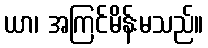
ယာ၊ အကြင်မိန်းမသည်။